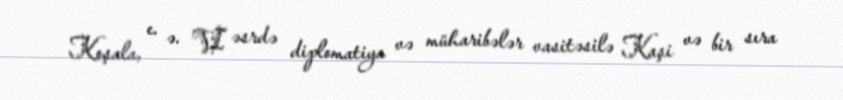
Koşala, e. ə. VI əsrdə diplomatiya və müharibələr vasitəsilə Kaşi və bir sıra